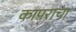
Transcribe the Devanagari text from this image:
कापराचा